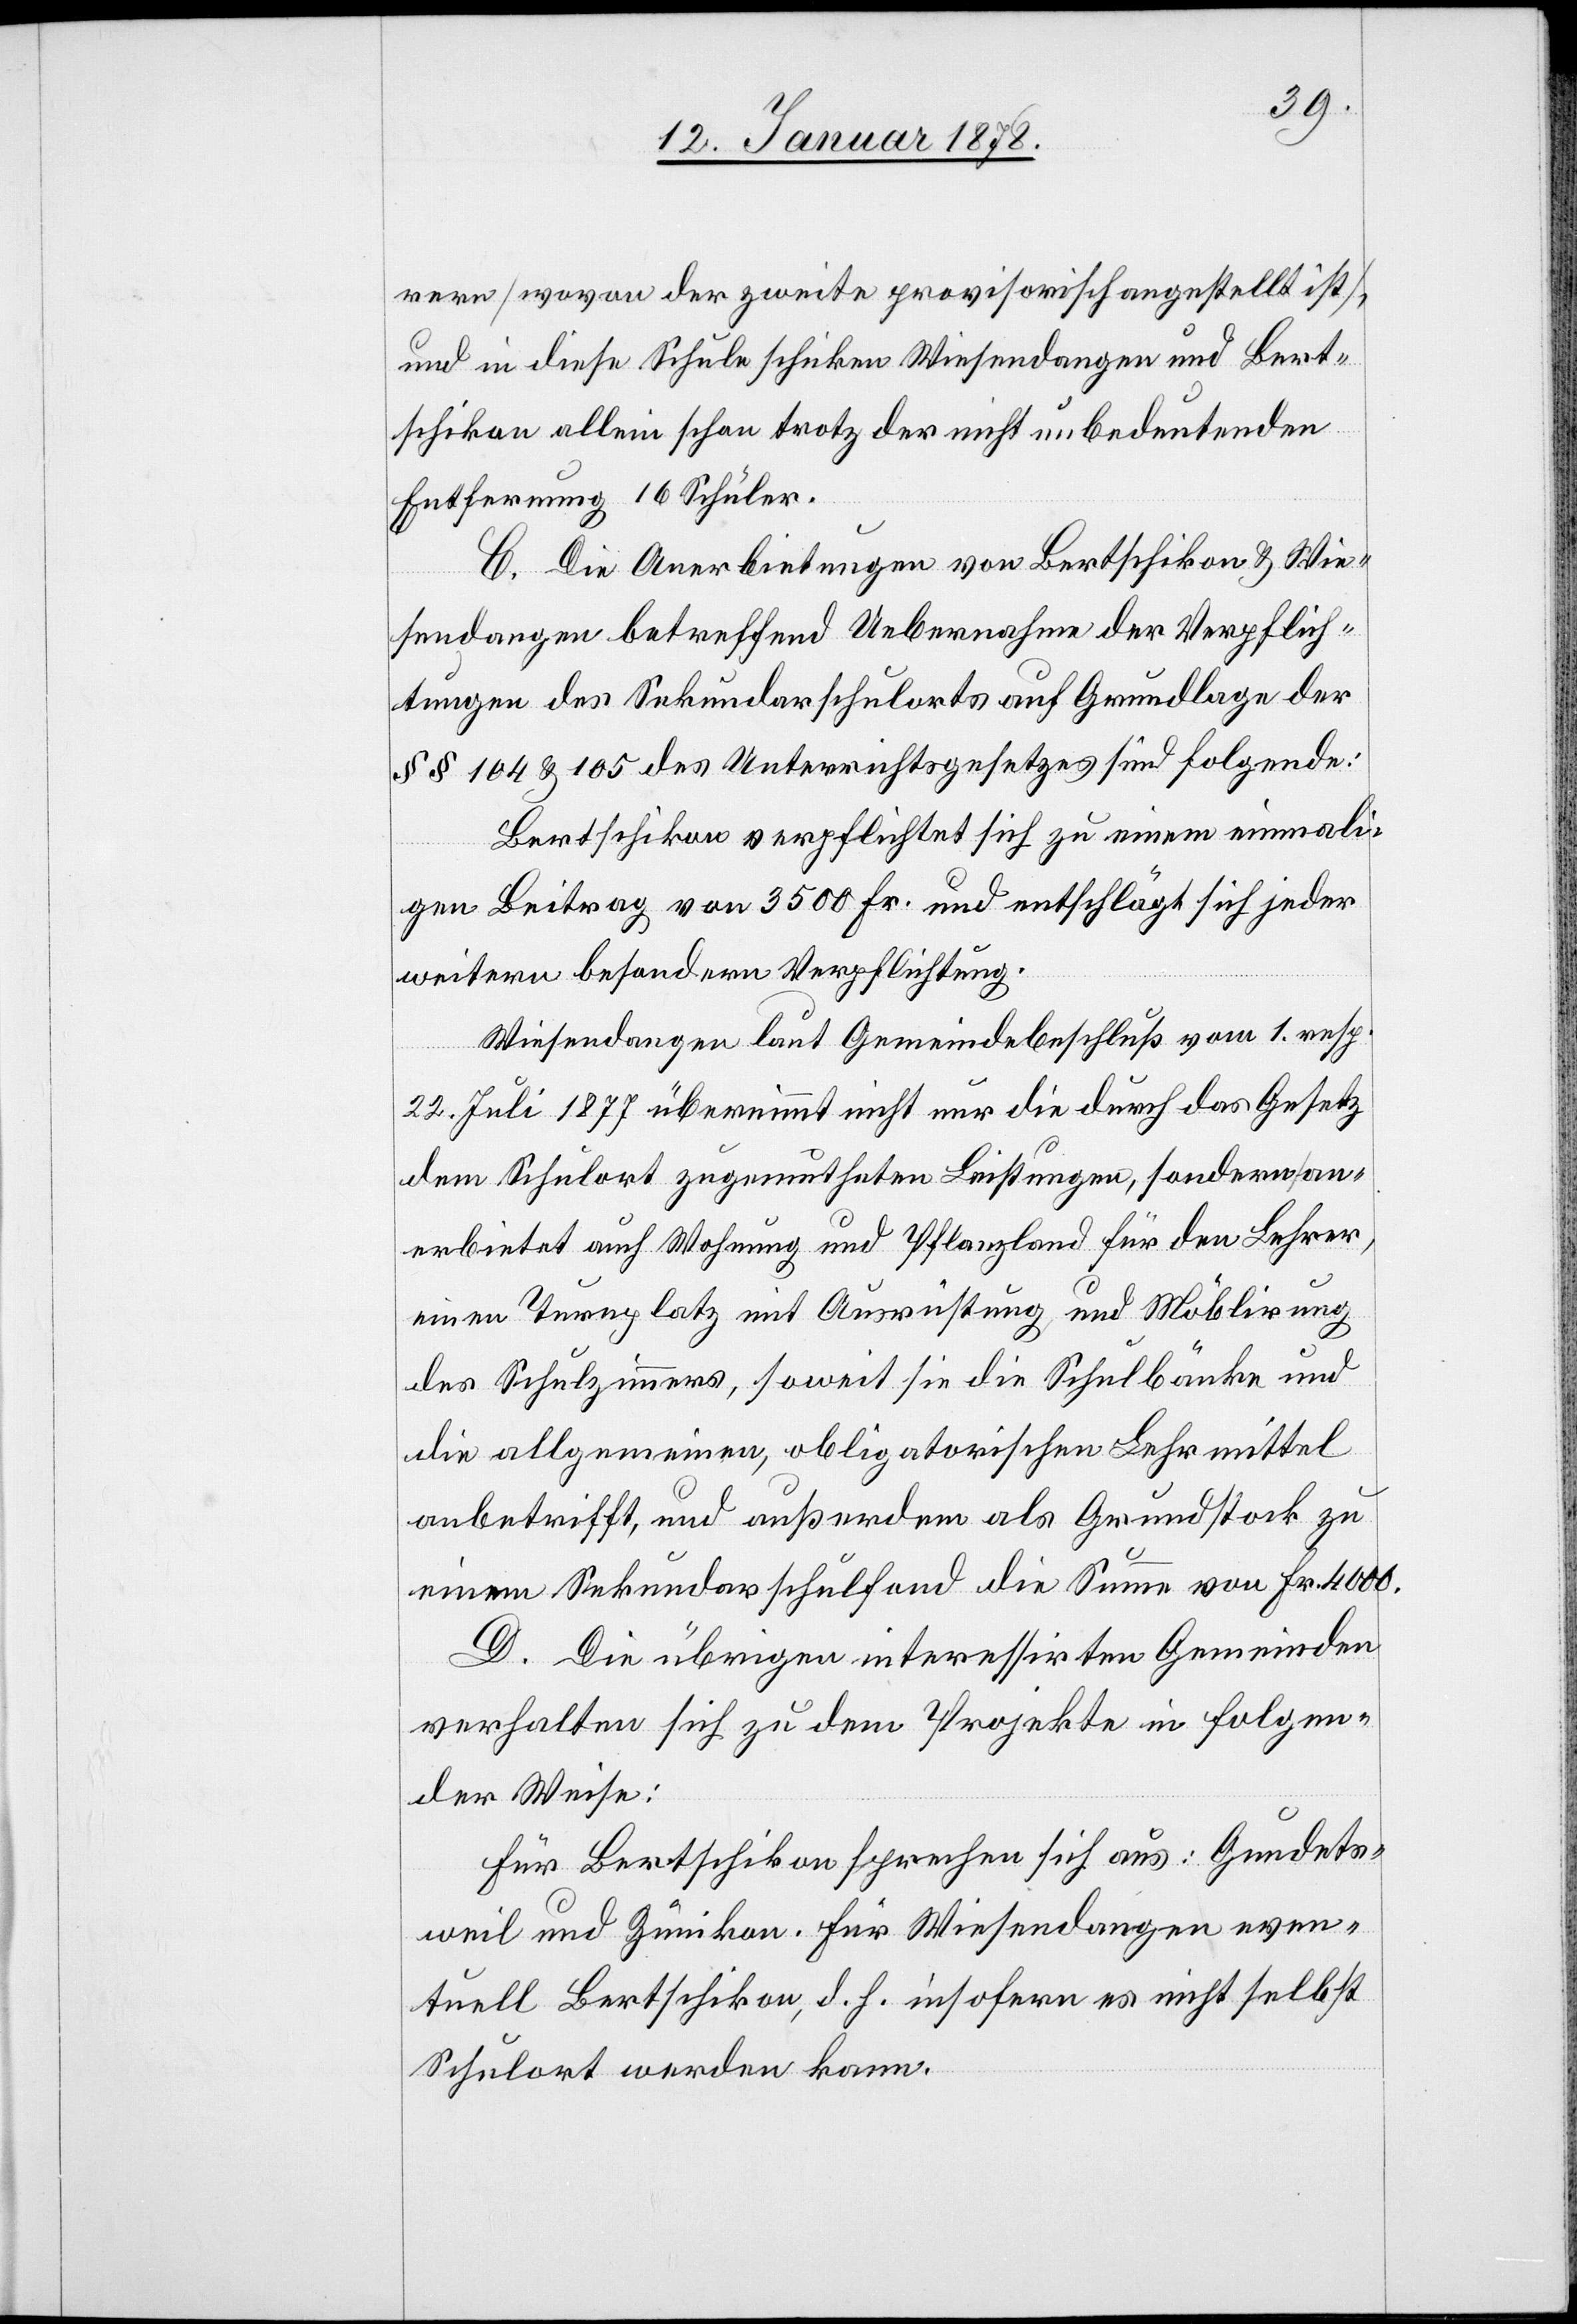
rern [wovon der zweite provisorisch angestellt ist],
und in diese Schule schicken Wiesendangen und Bert¬
schikon allein schon trotz der nicht unbedeutenden
Entfernung 16 Schüler.
C. Die Anerbietung von Bertschikon & Wie¬
sendangen betreffend Uebernahme der Verpflich¬
tungen des Sekundarschulortes auf Grundlage der
§§ 104 & 105 des Unterrichtsgesetzes sind folgende:
Bertschikon verpflichtet sich zu einem einmali¬
gen Beitrag von 3500 Fr. und entschlägt sich jeder
weitern besondern Verpflichtung.
Wiesendangen laut Gemeindebeschluß vom 1. resp.
22. Juli 1877 übernimmt nicht nur die durch das Gesetz
dem Schulort zugemutheten Leistungen, sondern an¬
erbietet auch Wohnung und Pflanzland für den Lehrer,
einen Turnplatz mit Ausrüstung, und Möblirung
des Schulzimmers, soweit sie die Schulbänke und
die allgemeinen, obligatorischen Lehrmittel
anbetrifft, und außerdem als Grundstock zu
einem Sekundarschulfond die Summe von Fr. 4000.
D. Die übrigen interessirten Gemeinden
verhalten sich zu dem Projekte in folgen¬
der Weise:
Für Bertschikon sprechen sich aus: Gundets¬
weil und Zumikon. Für Wiesendangen even¬
tuell Bertschikon, d. h. insofern es nicht selbst
Schulort werden kann.